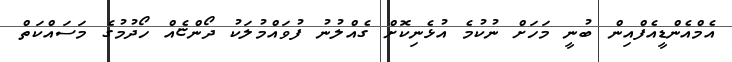
އެމްއެންޑީއެފްއިން ބުނީ މަހަށް ނުކުމެ އުޅެނިކޮށް ގެއްލުނު ފުވައްމުލަކު ދޯންޏެއް ހޯދުމުގެ މަސައްކަތް